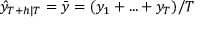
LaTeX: { \hat { y } } _ { T + h | T } = { \bar { y } } = ( y _ { 1 } + . . . + y _ { T } ) / T